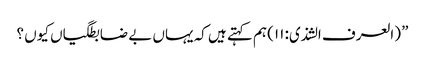
” (العرف الشذی: ۱۱) ہم کہتے ہیں کہ یہاں بے ضابطگیاں کیوں ؟